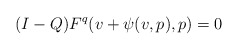
\begin{align*}(I-Q)F^q(v + \psi(v,p),p) = 0\end{align*}